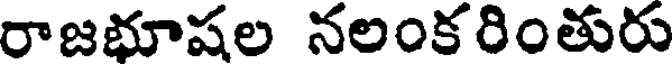
రాజభూషల నలంకరింతురు